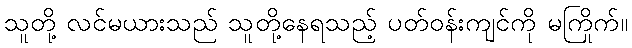
သူတို့ လင်မယားသည် သူတို့နေရသည့် ပတ်ဝန်းကျင်ကို မကြိုက်။